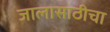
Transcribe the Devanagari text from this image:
जालासाठीचा